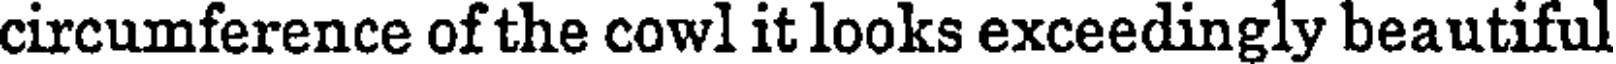
circumference of the cowl it looks exceedingly beautiful